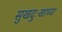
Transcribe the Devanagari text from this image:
सुखदुःखाच्या